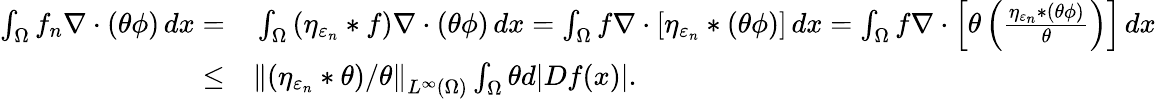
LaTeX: \begin{array}{rl}{\int_{\Omega}f_{n}\nabla\cdot(\theta\phi)\, dx=}&{{}\int_{\Omega}\left(\eta_{\varepsilon_{n}}\ast f\right)\nabla\cdot(\theta\phi)\, dx=\int_{\Omega}f\nabla\cdot\left[\eta_{\varepsilon_{n}}\ast(\theta\phi)\right]\, dx=\int_{\Omega}f\nabla\cdot\left[\theta\left(\frac{\eta_{\varepsilon_{n}}\ast(\theta\phi)}{\theta}\right)\right]\, dx}\\ {\leq}&{{}\left\| (\eta_{\varepsilon_{n}}\ast\theta)/\theta\right\| _{L^{\infty}(\Omega)}\int_{\Omega}\theta d|Df(x)|.}\end{array}